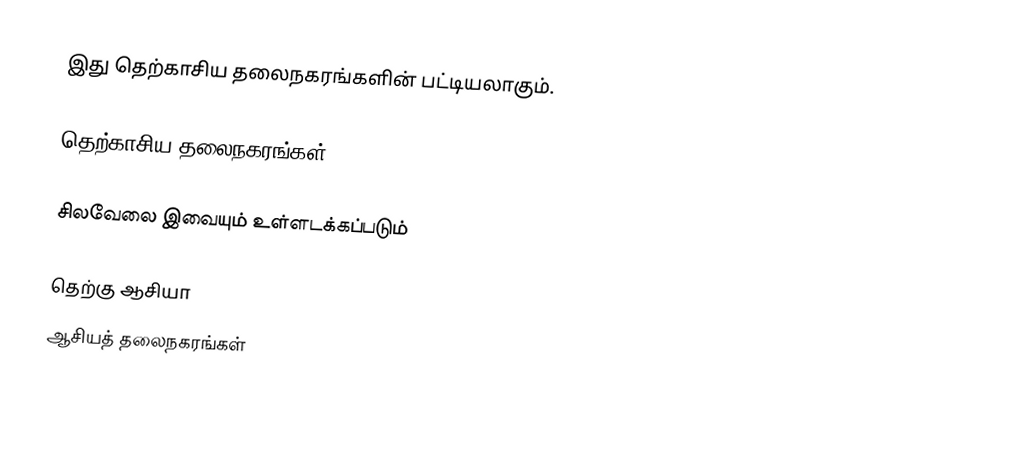
இது தெற்காசிய தலைநகரங்களின் பட்டியலாகும்.

தெற்காசிய தலைநகரங்கள்

சிலவேலை இவையும் உள்ளடக்கப்படும்

தெற்கு ஆசியா
ஆசியத் தலைநகரங்கள்